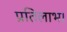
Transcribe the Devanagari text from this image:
प्रतिलाभ।